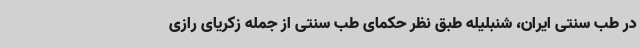
در طب سنتی ایران، شنبلیله طبق نظر حکمای طب سنتی از جمله زکریای رازی